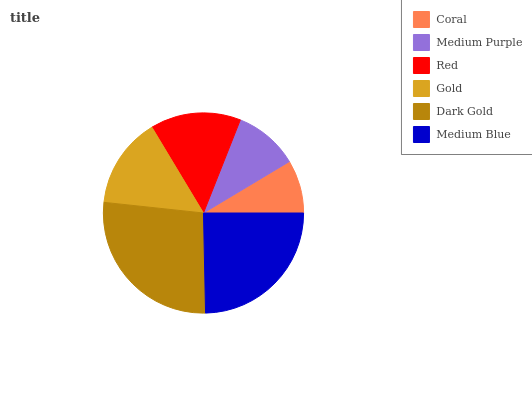
| Coral | Medium Purple | Red | Gold | Dark Gold | Medium Blue |
 | --- | --- | --- | --- | --- | --- |
 | 8.59% | 10.4% | 14.6% | 14.7% | 27% | 24.7% |